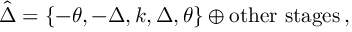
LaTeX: \hat { \Delta } = \left\{ - \theta , - \Delta , k , \Delta , \theta \right\} \oplus \mathrm { o t h e r ~ s t a g e s } \, ,